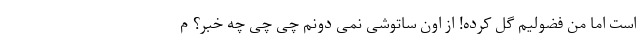
است اما من فضولیم گل کرده! از اون ساتوشی نمی دونم چی چی چه خبر؟ م